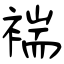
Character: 褍